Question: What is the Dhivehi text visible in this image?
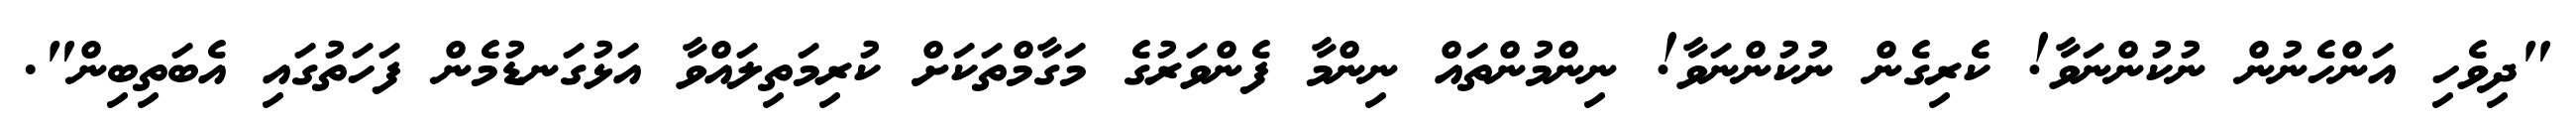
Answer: "ދިވެހި އަންހެނުން ނުކުންނަވާ! ކެރިގެން ނުކުންނަވާ! ނިންމުންތައް ނިންމާ ފެންވަރުގެ މަގާމްތަކަށް ކުރިމަތިލައްވާ އަޅުގަނޑުމެން ފަހަތުގައި އެބަތިބިން".